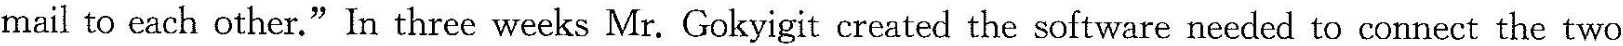
mail to each othcr." In three weeks Mr. Gokyigit created the software needed to connect the two